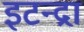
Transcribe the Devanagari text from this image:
इटन्द्रा